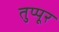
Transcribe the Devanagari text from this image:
तुप्पूर